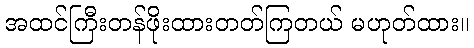
အထင်ကြီးတန်ဖိုးထားတတ်ကြတယ် မဟုတ်ထား။